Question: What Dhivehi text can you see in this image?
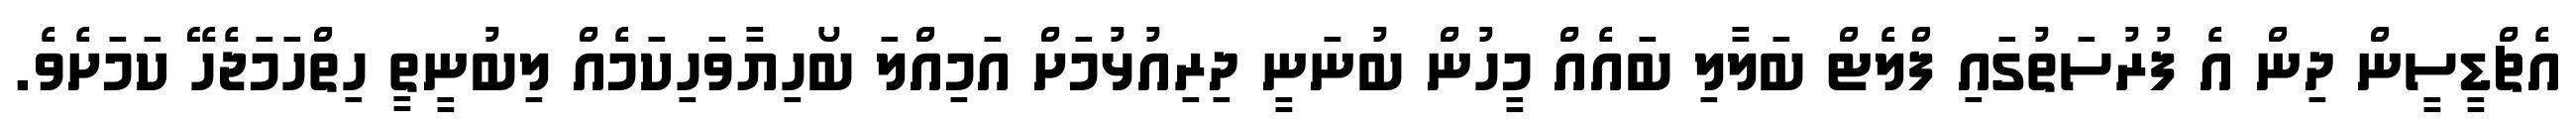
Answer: އެޗްޑީސީން ދިން އެ ފުރުސަތުގައި ފްލެޓް ބަލާލި ބައެއް މީހުން ބުނަނީ ދިރިއުޅުމަށް އަމިއްލަ ބޯހިޔާވަހިކަމެއް ލިބުނީތީ ހިތްހަމަޖެހޭ ކަމަށެވެ.